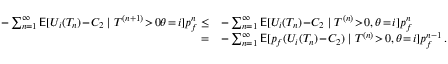
\begin{array} { r l r } { - \sum _ { n = 1 } ^ { \infty } \mathsf { E } [ U _ { i } ( T _ { n } ) \! - \! C _ { 2 } \mid T ^ { ( n + 1 ) } \! > \! 0 \theta \! = \! i ] p _ { f } ^ { n } \le } & { - \sum _ { n = 1 } ^ { \infty } \mathsf { E } [ U _ { i } ( T _ { n } ) \! - \! C _ { 2 } \mid T ^ { ( n ) } \! > \! 0 , \theta \! = \! i ] p _ { f } ^ { n } } & \\ { = } & { - \sum _ { n = 1 } ^ { \infty } \mathsf { E } [ p _ { f } ( U _ { i } ( T _ { n } ) \! - \! C _ { 2 } ) \mid T ^ { ( n ) } \! > \! 0 , \theta \! = \! i ] p _ { f } ^ { n - 1 } \, . } & \end{array}